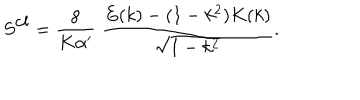
S ^ { \mathrm { c l } } = \frac { 8 } { K \alpha ^ { \prime } } \; \frac { E ( k ) - ( 1 - k ^ { 2 } ) K ( k ) } { \sqrt { 1 - k ^ { 2 } } } .